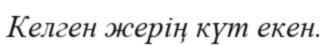
Келген жерің күт екен.